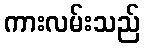
ကားလမ်းသည်